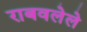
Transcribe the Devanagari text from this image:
राबवलेले